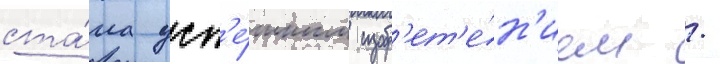
ста́ла усп'е́шным изобр'ет'е́н'ием /